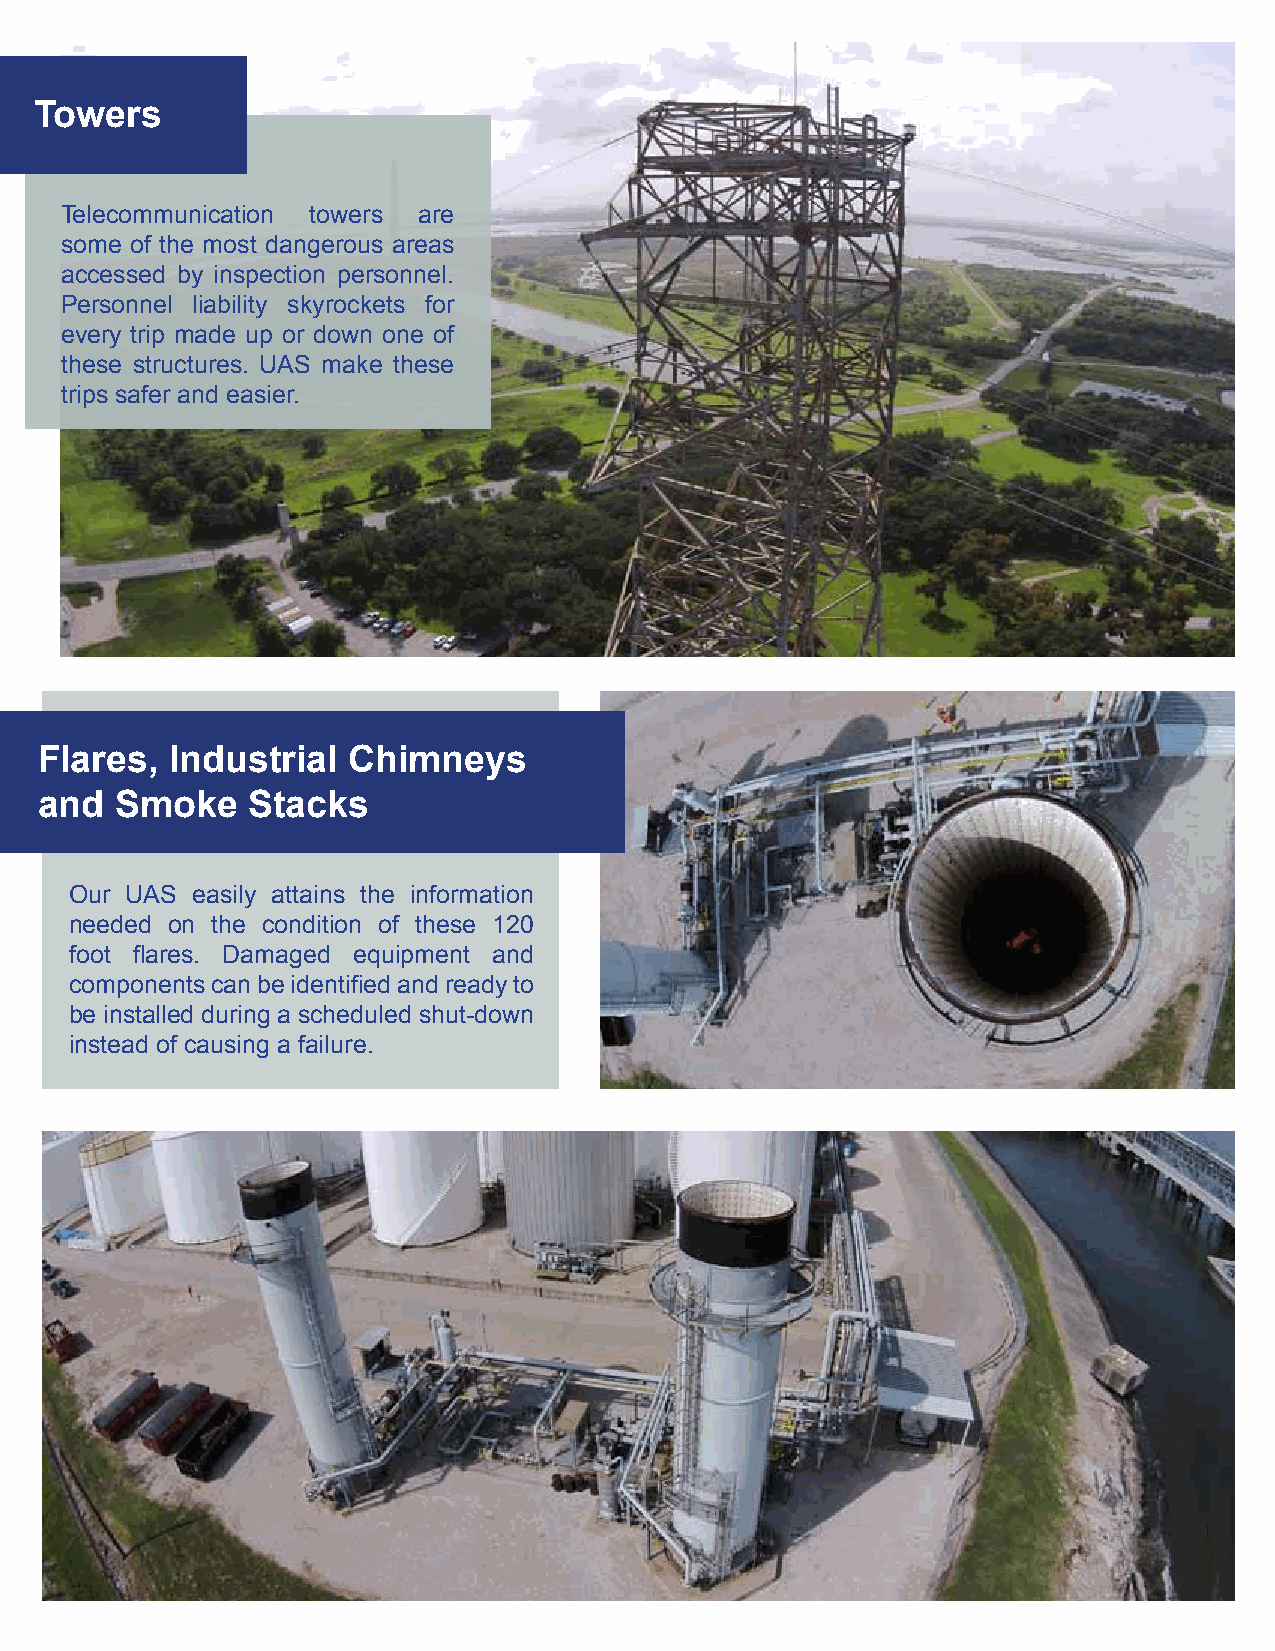
Towers
 Telecommunication towers are
 some of the most dangerous areas
 accessed by inspection personnel.
 Personnel liability skyrockets for
 every trip made up or down one of
 these structures. UAS make these
 trips safer and easier.
 Flares,  Industrial  Chimneys
 and   Smoke   Stacks
 Our UAS easily attains the information
 needed on the condition of these 120
 foot flares. Damaged equipment and
 components can be identified and ready to
 be installed during a scheduled shut-down
 instead of causing a failure.